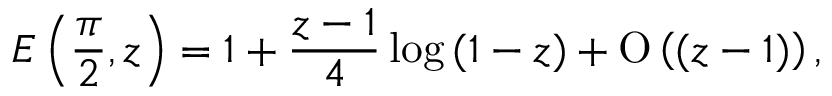
E \left( \frac { \pi } { 2 } , z \right) = 1 + \frac { z - 1 } { 4 } \log { ( 1 - z ) } + \ensuremath { \operatorname { O } \left( ( z - 1 ) \right) } ,